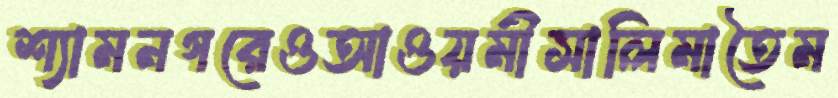
শ্যামনগরেওআওয়মীসালিমাতৈম